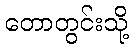
တောတွင်းသို့